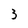
Character: 3